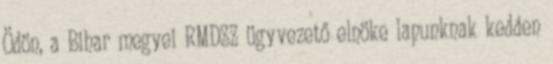
Ödön, a Bihar megyei RMDSZ ügyvezető elnöke lapunknak kedden